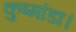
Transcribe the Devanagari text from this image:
कुष्मांडा।